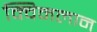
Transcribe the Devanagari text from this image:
क्विनलान